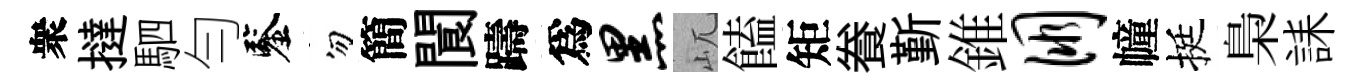
衆撻駟勻鑒勿簡閬躊爲黑屼饁矩飬斳錐朋幢挺梟誄